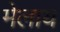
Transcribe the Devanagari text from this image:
मेलाय